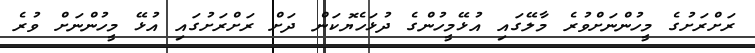
ރަށްރަށުގެ މީހުންނަށްވުރެ މާލޭގައި އުޅޭމީހުންގެ ދުޅަހެޔޮކަން ދަށް ރަށްރަށުގައި އުޅޭ މީހުންނަށް ވުރެ